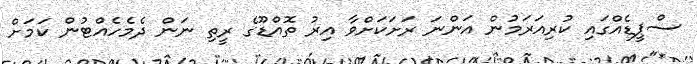
ސްޕީޑެއްގައި ކުރިއަރަމުން އަންނަ ރަށަކަށްވާ އިރު ތޮއްޑޫގެ ރީތި ނަން ދެމެހެއްޓުން ކަމަށް